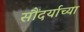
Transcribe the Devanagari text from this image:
सौंदर्याच्या